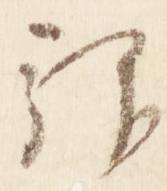
拝